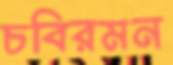
চবিরমন